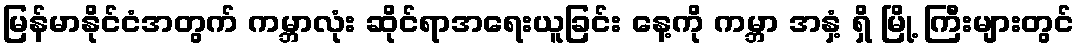
မြန်မာနိုင်ငံအတွက် ကမ္ဘာလုံး ဆိုင်ရာအရေးယူခြင်း နေ့ကို ကမ္ဘာ အနှံ့ ရှိ မြို့ ကြီးများတွင်